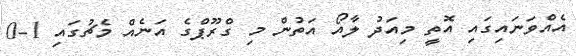
އެއްވަނައިގައި އޮތީ މިއަދު ލާއޯ އަތުން މި ގްރޫޕްގެ އަނެއް މެޗުގައި 1-0